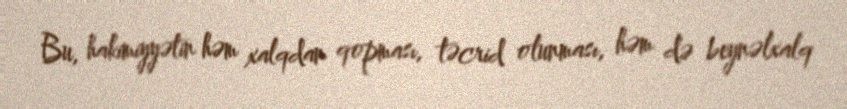
Bu, hakimiyyətin həm xalqdan qopması, təcrid olunması, həm də beynəlxalq